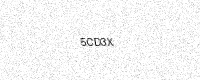
Text: 5CD3X